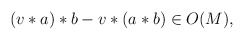
\begin{align*}(v * a) * b -v * (a *b) \in O(M), \end{align*}